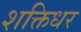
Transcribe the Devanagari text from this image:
शक्तिधर